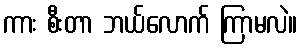
ကား စီးတာ ဘယ်လောက် ကြာမလဲ။